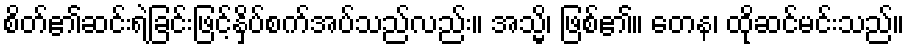
စိတ်၏ဆင်းရဲခြင်းဖြင့်နှိပ်စက်အပ်သည်လည်း။ အသ္မိ၊ ဖြစ်၏။ တေန၊ ထိုဆင်မင်းသည်။